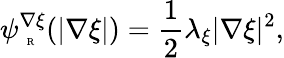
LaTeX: \psi_{\mathrm{~\tiny~R~}}^{\nabla\xi}(|\nabla\xi|)=\frac{1}{2}\lambda_{\xi}|\nabla\xi|^{2},